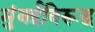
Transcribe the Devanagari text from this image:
मुंबईविरूद्ध